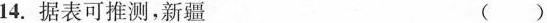
14.据表可推测，新疆 ()